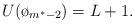
\begin{align*}U(\o_{m^*-2}) = L+1.\end{align*}